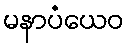
မနာပံယေဝ